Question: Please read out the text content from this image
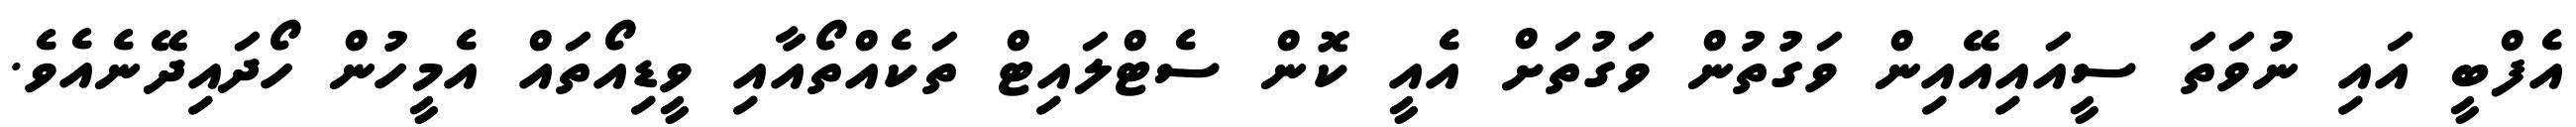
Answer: އެފްބީ އައި ނުވަތަ ސީއައިއޭއިން ވަގުތުން ވަގުތަށް އެއީ ކޮން ސެޓްލައިޓް ތަކެއްތޯއާއި ވީޑިއޯތައް އެމީހުން ހޯދައިދޭނެއެވެ.